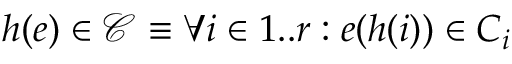
h ( e ) \in \mathcal { C } \equiv \forall i \in 1 . . r : e ( h ( i ) ) \in C _ { i }